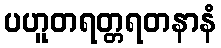
ပဟူတရတ္တရတနာနံ